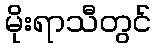
မိုးရာသီတွင်